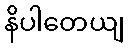
နိပါတေယျ